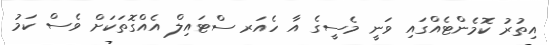
އިތުރު ކޮމެންޓެއްގައި ވަނީ މެސީގެ އާ ހެއަރ ސްޓައިލް އެއްގޮތަކަށް ވެސް ކަމު